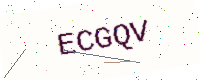
Text: ECGQV